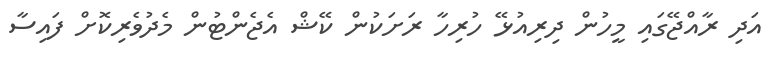
އަދި ރާއްޖޭގައި މީހުން ދިރިއުޅޭ ހުރިހާ ރަށަކުން ކޭޝް އެޖެންޓުން މެދުވެރިކޮށް ފައިސާ